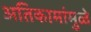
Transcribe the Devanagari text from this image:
अतिकामांमुळे